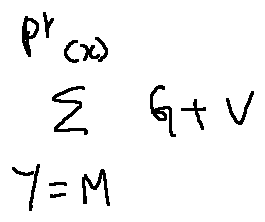
\sum \limits _ { Y = M } ^ { P ^ { r } ( x ) } G + V